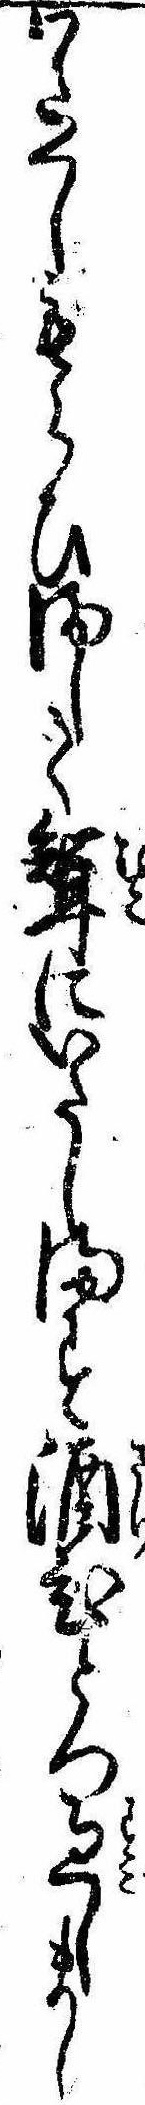
わたくしもらひまして婿にいたします酒ひとつ過しまし